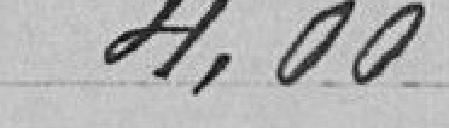
4,00